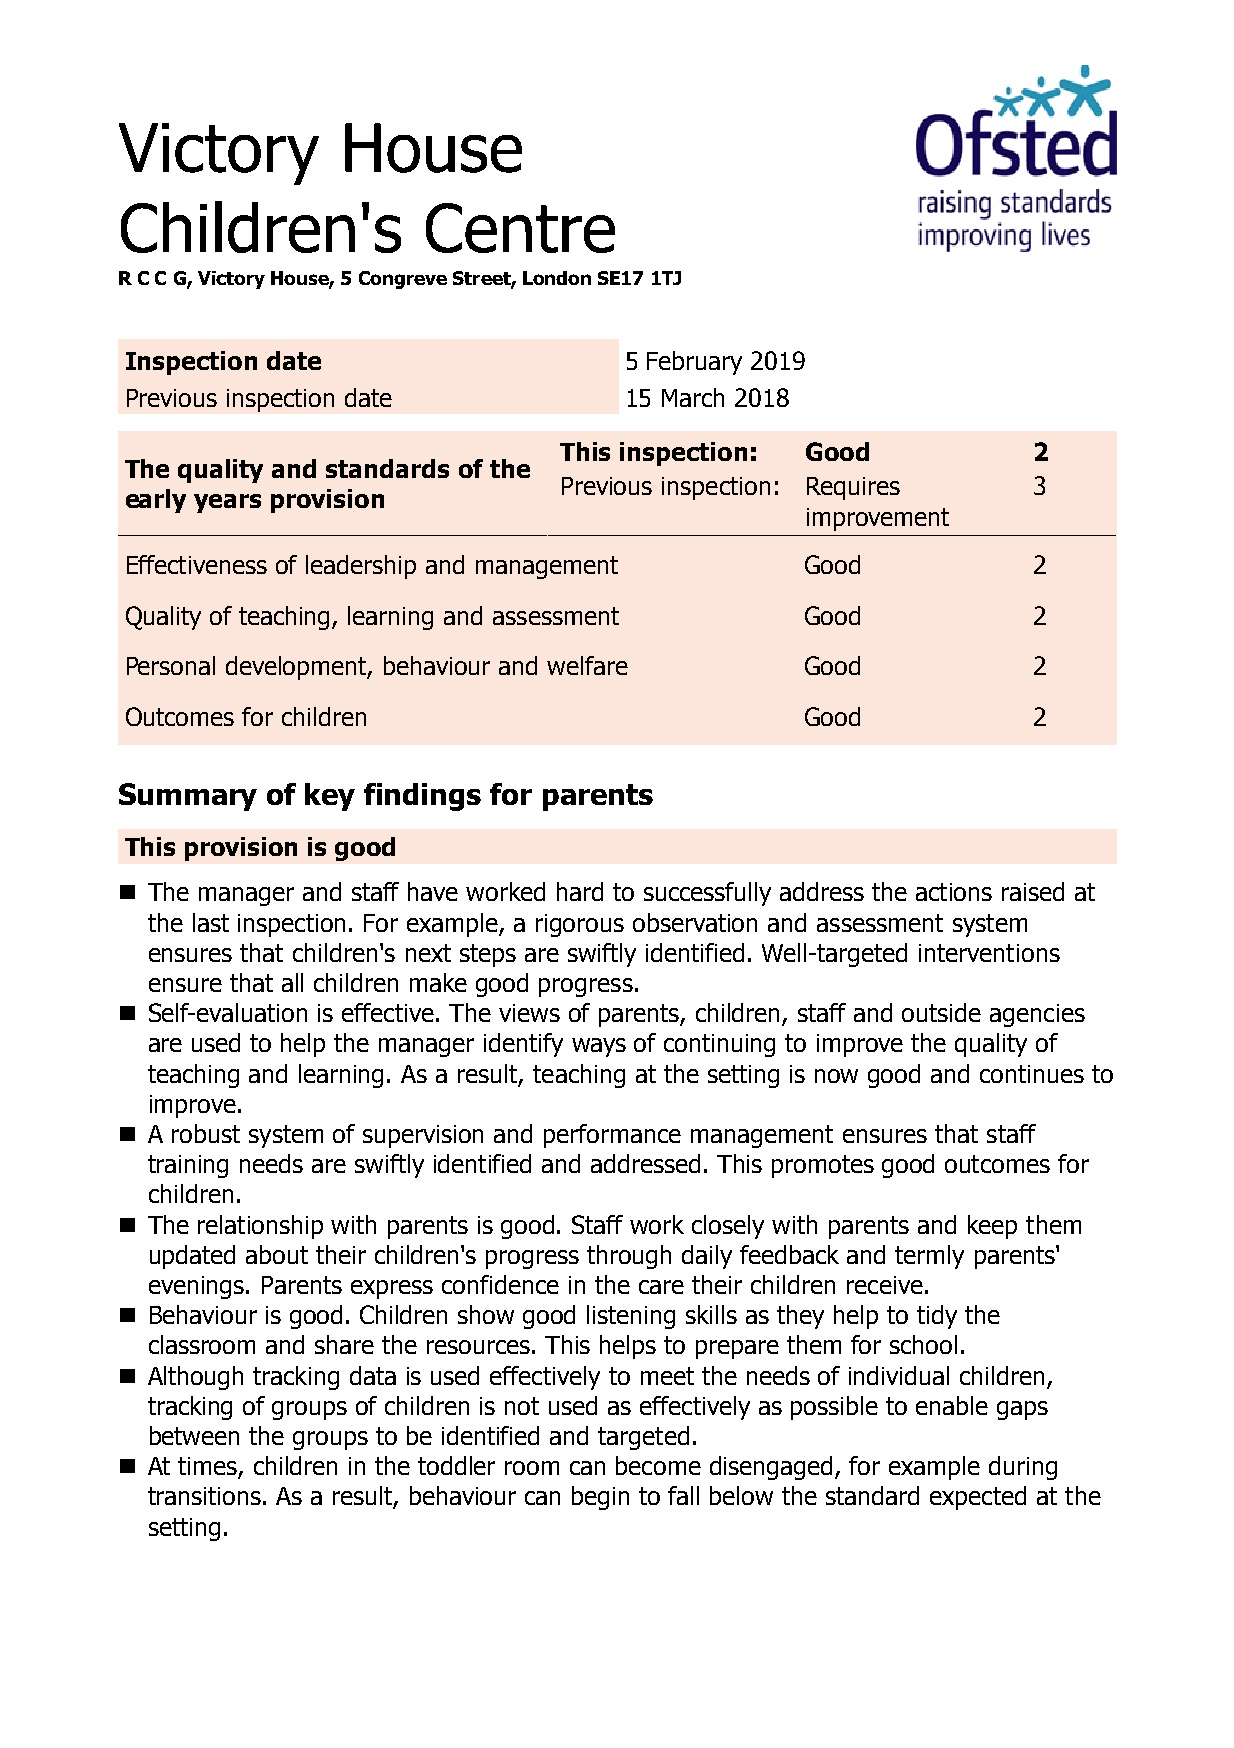
Victory        House
 Children's          Centre
 R C C G, Victory House, 5 Congreve Street, London SE17 1TJ
 Inspection date                  5 February 2019
 Previous inspection date         15 March 2018
 This inspection: Good          2
 The quality and standards of the
 Previous inspection: Requires  3
 early years provision
 improvement
 Effectiveness of leadership and management   Good           2
 Quality of teaching, learning and assessment Good           2
 Personal development, behaviour and welfare  Good           2
 Outcomes for children                        Good           2
 Summary   of key findings for parents
 This provision is good
 n The manager and staff have worked hard to successfully address the actions raised at
 the last inspection. For example, a rigorous observation and assessment system
 ensures that children's next steps are swiftly identified. Well-targeted interventions
 ensure that all children make good progress.
 n Self-evaluation is effective. The views of parents, children, staff and outside agencies
 are used to help the manager identify ways of continuing to improve the quality of
 teaching and learning. As a result, teaching at the setting is now good and continues to
 improve.
 n A robust system of supervision and performance management ensures that staff
 training needs are swiftly identified and addressed. This promotes good outcomes for
 children.
 n The relationship with parents is good. Staff work closely with parents and keep them
 updated about their children's progress through daily feedback and termly parents'
 evenings. Parents express confidence in the care their children receive.
 n Behaviour is good. Children show good listening skills as they help to tidy the
 classroom and share the resources. This helps to prepare them for school.
 n Although tracking data is used effectively to meet the needs of individual children,
 tracking of groups of children is not used as effectively as possible to enable gaps
 between the groups to be identified and targeted.
 n At times, children in the toddler room can become disengaged, for example during
 transitions. As a result, behaviour can begin to fall below the standard expected at the
 setting.